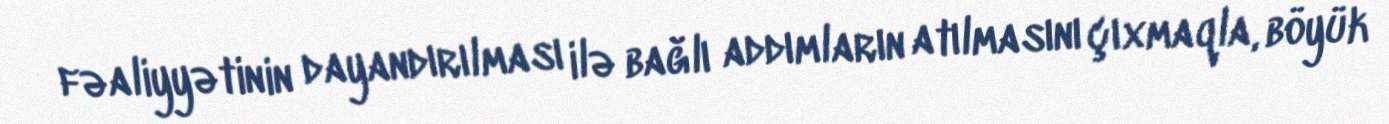
fəaliyyətinin dayandırılması ilə bağlı addımların atılmasını çıxmaqla, böyük